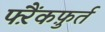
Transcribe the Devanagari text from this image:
फ्ऱैंकफ़ुर्त